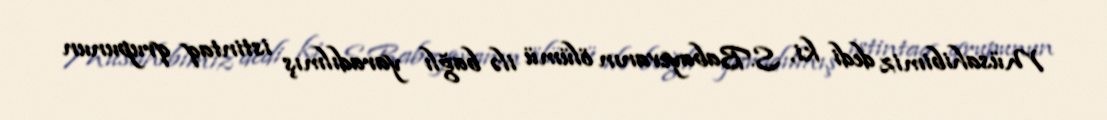
Müsahibimiz dedi ki, S.Babayevanın ölümü ilə bağlı yaradılmış istintaq qrupunun